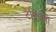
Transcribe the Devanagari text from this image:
टेक्सिनी